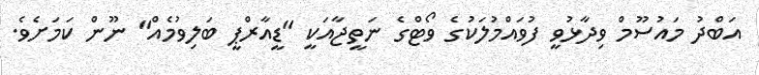
އަބްދު މައުސޫމް ވިދާޅުވީ ފުވައްމުލަކުގެ ވޯޓްގެ ނަތީޖާއަކީ "ޑީއާރްޕީ ބަލިވުމެއް" ނޫން ކަމަށެވެ.